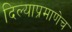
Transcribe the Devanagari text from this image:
दिल्याप्रमाणेच